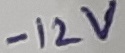
Text: -12V